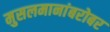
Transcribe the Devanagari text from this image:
मुसलमानांबरोबर